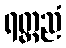
ရတ္တညံ